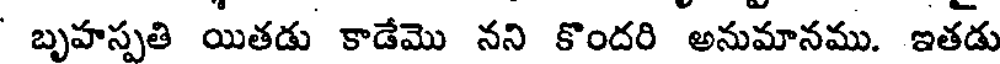
బృహస్పతి యితడు కాడేమొ నని కొందరి అనుమానము. ఇతడు